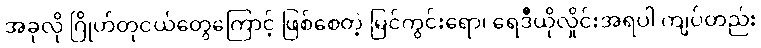
အခုလို ဂြိုဟ်တုငယ်တွေကြောင့် ဖြစ်စေတဲ့ မြင်ကွင်းရော၊ ရေဒီယိုလှိုင်းအရပါ ကျပ်တည်း